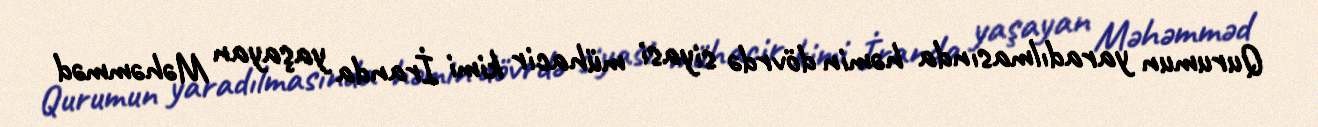
Qurumun yaradılmasında həmin dövrdə siyasi mühacir kimi İranda yaşayan Məhəmməd